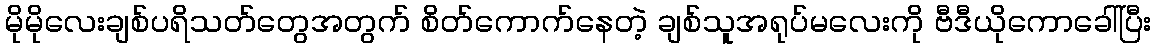
မိုမိုလေးချစ်ပရိသတ်တွေအတွက် စိတ်ကောက်နေတဲ့ ချစ်သူအရုပ်မလေးကို ဗီဒီယိုကောခေါ်ပြီး